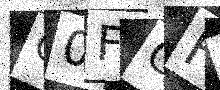
Text: G0FGFZ